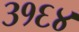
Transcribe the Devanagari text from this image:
३१६४